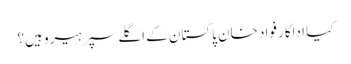
کیا اداکار فواد خان پاکستان کے اگلے سپر ہیرو ہیں؟